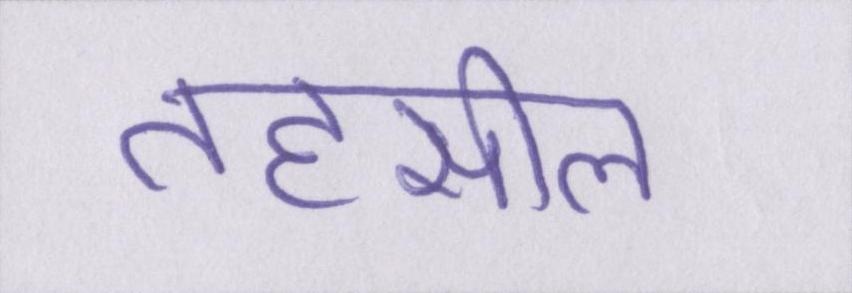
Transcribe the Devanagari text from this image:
तहसील